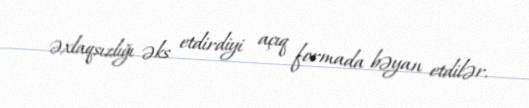
əxlaqsızlığı əks etdirdiyi açıq formada bəyan etdilər.